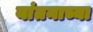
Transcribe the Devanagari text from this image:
यांतनाच्या